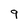
Character: 9